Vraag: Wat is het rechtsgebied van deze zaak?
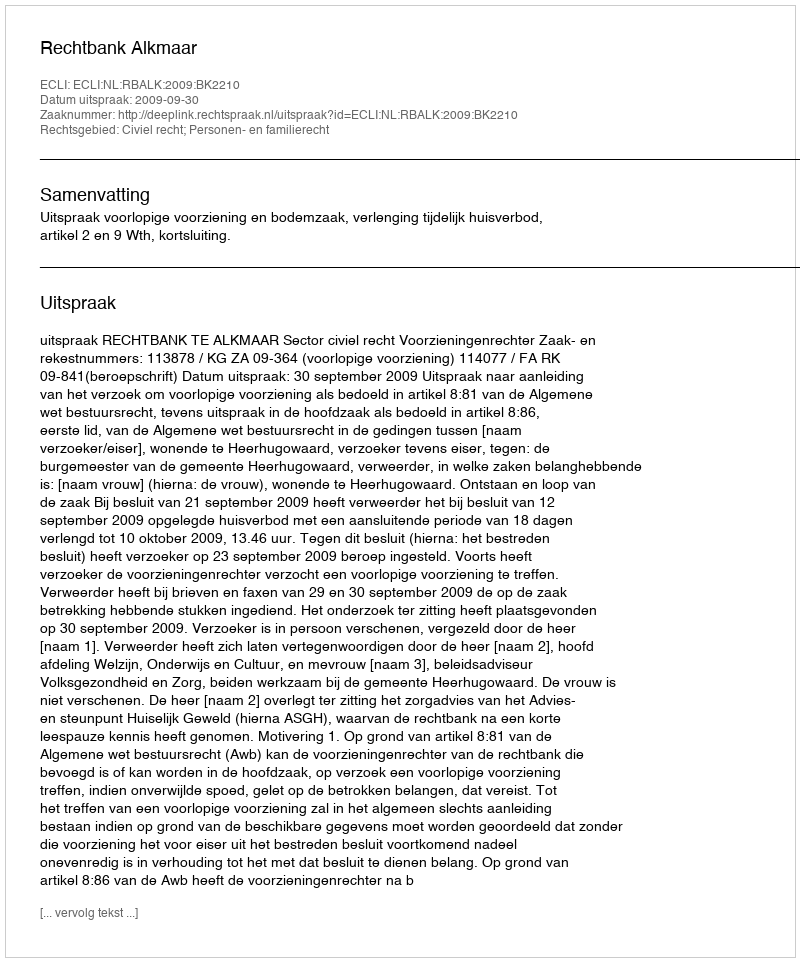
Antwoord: Civiel recht; Personen- en familierecht